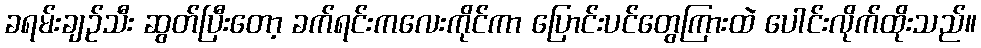
ခရမ်းချဉ်သီး ဆွတ်ပြီးတော့ ခက်ရင်းကလေးကိုင်ကာ ပြောင်းပင်တွေကြားထဲ ပေါင်းလိုက်ထိုးသည်။